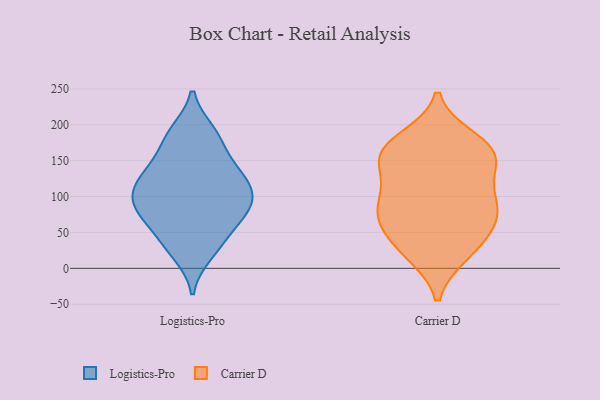
{"axis": {"x": "Conversion Rate (%)", "y": "Value"}, "legend": ["Carrier D", "Logistics-Pro"], "data": [{"x": "", "y": 190, "type": "Logistics-Pro"}, {"x": "", "y": 73, "type": "Logistics-Pro"}, {"x": "", "y": 92, "type": "Logistics-Pro"}, {"x": "", "y": 137, "type": "Logistics-Pro"}, {"x": "", "y": 100, "type": "Logistics-Pro"}, {"x": "", "y": 20, "type": "Logistics-Pro"}, {"x": "", "y": 136, "type": "Logistics-Pro"}, {"x": "", "y": 149, "type": "Logistics-Pro"}, {"x": "", "y": 40, "type": "Logistics-Pro"}, {"x": "", "y": 72, "type": "Logistics-Pro"}, {"x": "", "y": 115, "type": "Logistics-Pro"}, {"x": "", "y": 127, "type": "Logistics-Pro"}, {"x": "", "y": 186, "type": "Logistics-Pro"}, {"x": "", "y": 30, "type": "Logistics-Pro"}, {"x": "", "y": 181, "type": "Logistics-Pro"}, {"x": "", "y": 64, "type": "Logistics-Pro"}, {"x": "", "y": 84, "type": "Logistics-Pro"}, {"x": "", "y": 107, "type": "Logistics-Pro"}, {"x": "", "y": 100, "type": "Logistics-Pro"}, {"x": "", "y": 166, "type": "Carrier D"}, {"x": "", "y": 102, "type": "Carrier D"}, {"x": "", "y": 129, "type": "Carrier D"}, {"x": "", "y": 177, "type": "Carrier D"}, {"x": "", "y": 19, "type": "Carrier D"}, {"x": "", "y": 92, "type": "Carrier D"}, {"x": "", "y": 62, "type": "Carrier D"}, {"x": "", "y": 151, "type": "Carrier D"}, {"x": "", "y": 157, "type": "Carrier D"}, {"x": "", "y": 19, "type": "Carrier D"}, {"x": "", "y": 82, "type": "Carrier D"}, {"x": "", "y": 76, "type": "Carrier D"}, {"x": "", "y": 156, "type": "Carrier D"}, {"x": "", "y": 181, "type": "Carrier D"}, {"x": "", "y": 101, "type": "Carrier D"}, {"x": "", "y": 66, "type": "Carrier D"}, {"x": "", "y": 32, "type": "Carrier D"}, {"x": "", "y": 153, "type": "Carrier D"}, {"x": "", "y": 52, "type": "Carrier D"}]}